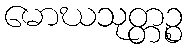
မောဃသုတ္တဉ္စ